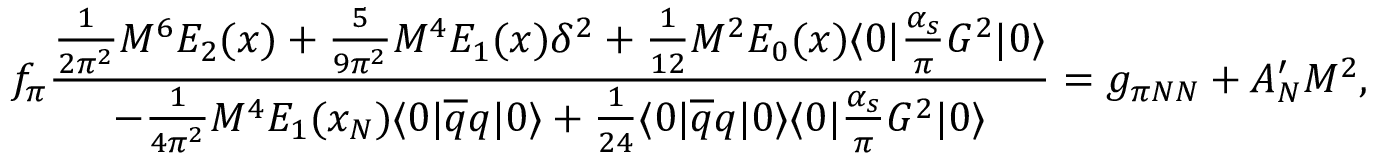
f _ { \pi } { \frac { \frac { 1 } { 2 \pi ^ { 2 } } M ^ { 6 } E _ { 2 } ( x ) + \frac { 5 } { 9 \pi ^ { 2 } } M ^ { 4 } E _ { 1 } ( x ) \delta ^ { 2 } + \frac { 1 } { 1 2 } M ^ { 2 } E _ { 0 } ( x ) \langle 0 | \frac { \alpha _ { s } } { \pi } G ^ { 2 } | 0 \rangle } { - { \frac { 1 } { 4 \pi ^ { 2 } } } M ^ { 4 } E _ { 1 } ( x _ { N } ) \langle 0 | \overline { { q } } q | 0 \rangle + { \frac { 1 } { 2 4 } } \langle 0 | \overline { { q } } q | 0 \rangle \langle 0 | \frac { \alpha _ { s } } { \pi } G ^ { 2 } | 0 \rangle } } = g _ { \pi N N } + A _ { N } ^ { \prime } M ^ { 2 } ,